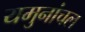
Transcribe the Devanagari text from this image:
यमुनांचल